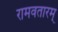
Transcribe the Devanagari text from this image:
रामवतारम्‌